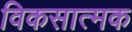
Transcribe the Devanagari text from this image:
विकसात्मक